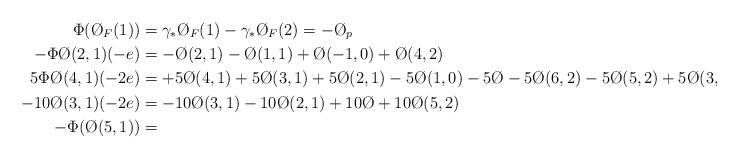
LaTeX: \begin{align*}\Phi(\O_F(1)) &= \gamma_* \O_F(1) - \gamma_* \O_F(2) = -\O_p \\-\Phi\O(2,1)(-e) &= -\O(2,1) -\O(1,1) +\O(-1,0) +\O(4,2) \\5\Phi \O(4,1)(-2e) &= +5\O(4,1) +5\O(3,1) +5\O(2,1) -5\O(1,0) -5\O -5\O(6,2) -5\O(5,2) +5\O(3,1) \\-10\O(3,1)(-2e) &= -10\O(3,1) -10\O(2,1) +10\O +10\O(5,2) \\-\Phi(\O(5,1)) &=\end{align*}